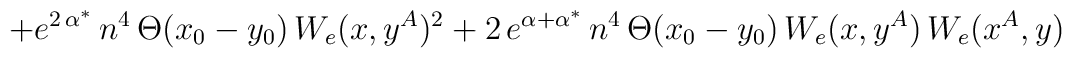
+e^{2\, \alpha ^{*}}\, n^{4}\, \Theta (x_{0}-y_{0})\, W_{e}(x,y^{A})^{2}+2\, e^{\alpha +\alpha ^{*}}\, n^{4}\, \Theta (x_{0}-y_{0})\,W_{e}(x,y^{A})\, W_{e}(x^{A},y)